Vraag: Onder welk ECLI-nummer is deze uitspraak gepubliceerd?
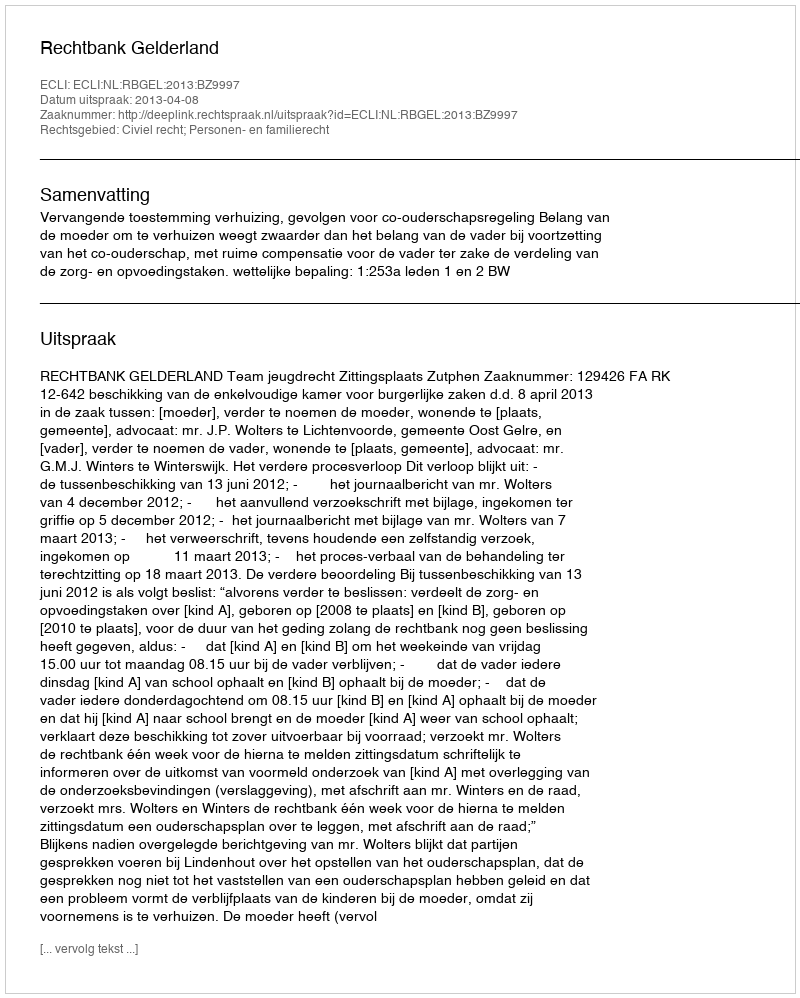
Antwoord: ECLI:NL:RBGEL:2013:BZ9997